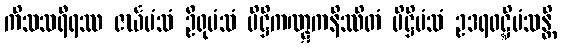
ကိသသရီရဿ ဇင်္ဃမံသံ ဦရုမံသံ ပိဋ္ဌိကဏ္ဋကနိဿိတံ ပိဋ္ဌိမံသံ ဥဒရဝဋ္ဋိမံသန္တိ